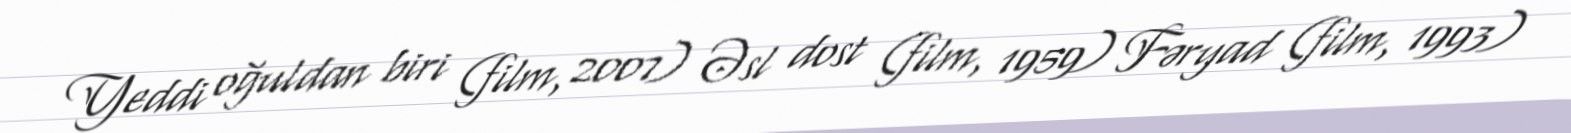
Yeddi oğuldan biri (film, 2007) Əsl dost (film, 1959) Fəryad (film, 1993)